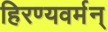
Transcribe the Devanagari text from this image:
हिरण्यवर्मन्